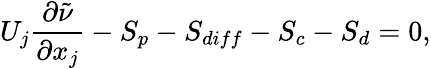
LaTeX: U_{j}\frac{\partial\tilde{\nu}}{\partial x_{j}}-S_{p}-S_{diff}-S_{c}-S_{d}=0,